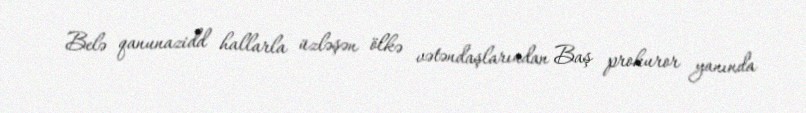
Belə qanunazidd hallarla üzləşən ölkə vətəndaşlarından Baş prokuror yanında